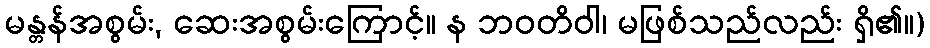
မန္တန်အစွမ်း, ဆေးအစွမ်းကြောင့်။ န ဘဝတိဝါ၊ မဖြစ်သည်လည်း ရှိ၏။)